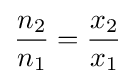
{\frac {n_{2}}{n_{1}}}={\frac {x_{2}}{x_{1}}}